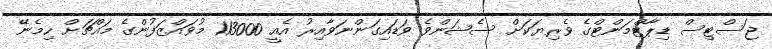
ޖަސްޓިސް ޑިޕާޓްމަންޓްގެ ވެރިޔަކަށް ސެޝަންވެ ވަޑައިގަންނަވާއިރު އެއީ 113000 މުވައްޒަފުންގެ މައްޗަށް ހިމެނޭ